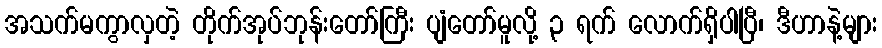
အသက်မကွာလှတဲ့ တိုက်အုပ်ဘုန်းတော်ကြီး ပျံတော်မူလို့ ၃ ရက် လောက်ရှိပါပြီ၊ ဒီဟာနဲ့များ